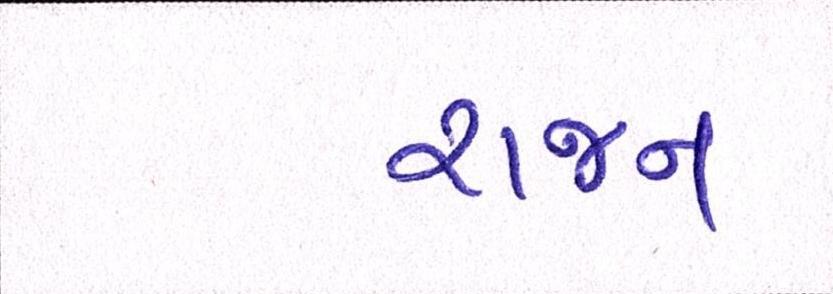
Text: રાજન